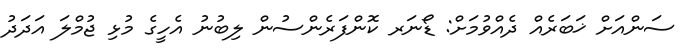
ސަންއަށް ޚަބަރެއް ދެއްވުމަށް: ޑޯނަރ ކޮންފަރެންސުން ލިބުނު އެހީގެ މުޅި ޖުމްލަ އަދަދު